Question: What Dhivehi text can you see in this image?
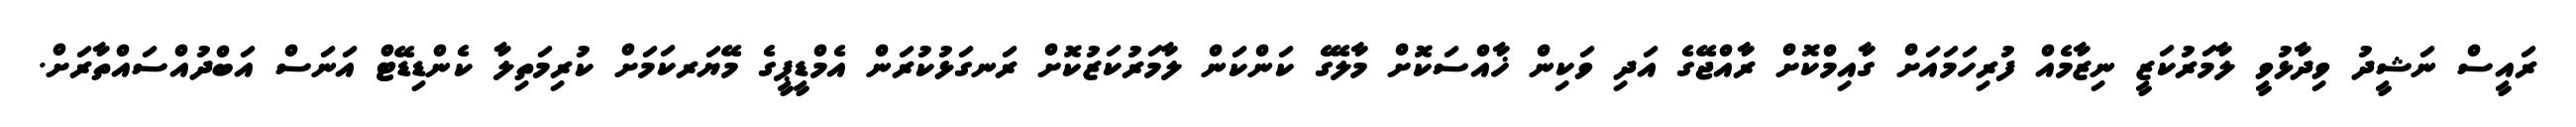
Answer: ރައީސް ނަޝީދު ވިދާޅުވީ ލާމަރުކަޒީ ނިޒާމެއް ފުރިހަމައަށް ގާއިމްކޮށް ރާއްޖޭގެ އަދި ވަކިން ޚާއްސަކޮށް މާލޭގެ ކަންކަން ލާމަރުކަޒުކޮށް ރަނގަޅުކުރަން އެމްޑީޕީގެ މޭޔަރކަމަށް ކުރިމަތިލާ ކެންޑިޑޭޓް އަނަސް އަބްދުއްސައްތާރަށް.